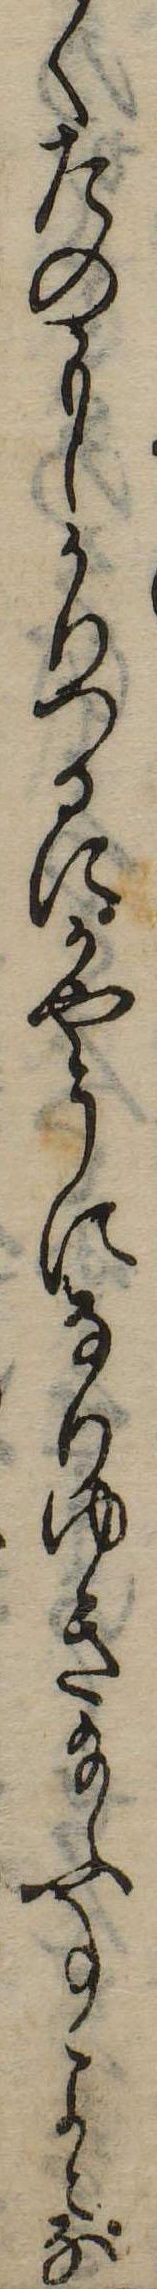
くたのもしかりつるにかやうになりゆき給ふ事よとな